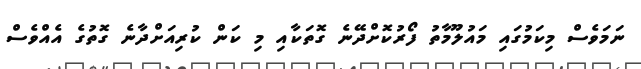
ނަމަވެސް މިކަމުގައި މައުލޫމާތު ފޯރުކޮށްދޭނެ ގޮތަކާއި މި ކަން ކުރިއަށްދާނެ ގޮތުގެ އެއްވެސް